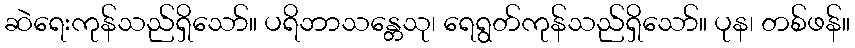
ဆဲရေးကုန်သည်ရှိသော်။ ပရိဘာသန္တေသု၊ ရေရွတ်ကုန်သည်ရှိသော်။ ပုန၊ တစ်ဖန်။